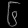
Digit: ၆